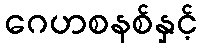
ဂေဟစနစ်နှင့်